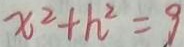
x ^ { 2 } + h ^ { 2 } = 9